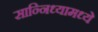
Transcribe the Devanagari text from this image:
सान्निध्यामध्ये